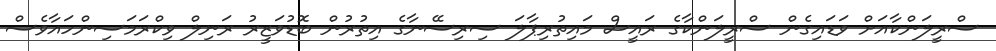
ސްރީލަންކާއަށް ވަޑައިގެން ސްރީލަންކާގެ ރައީސް މައިތުރިޕާލަ ސިރިސޭނާގެ އިތުރުން ބޮޑުވަޒީރު ރަނިލް ވިކްރަމަސިންހައާވެސް